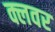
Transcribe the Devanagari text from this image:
क्लवर